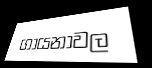
ගායනාවල